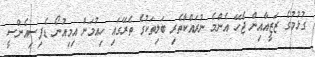
ގުޅުމުގެ ޒަޒީއާއިން ޖެހޭ އެންމެ ނުރައްކާތެރި ބަލިތަކުގެ ތެރޭގައި ހިއުމަން އިމިއުނޯ ޑެފިސިއެންސީ